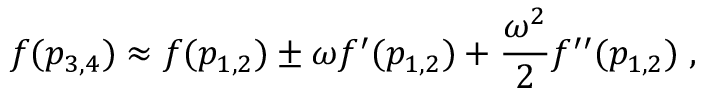
f ( p _ { 3 , 4 } ) \approx f ( p _ { 1 , 2 } ) \pm \omega f ^ { \prime } ( p _ { 1 , 2 } ) + \frac { \omega ^ { 2 } } { 2 } f ^ { \prime \prime } ( p _ { 1 , 2 } ) \; ,